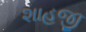
શાહજી